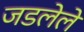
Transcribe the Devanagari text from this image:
जडलेले